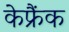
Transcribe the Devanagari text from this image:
केफ्रैंक